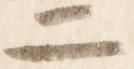
二